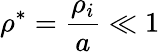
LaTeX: \rho^{*}=\frac{\rho_{i}}{a}\ll 1